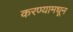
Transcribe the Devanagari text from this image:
करण्यामधून